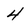
Character: 4